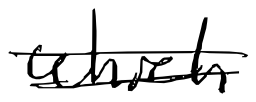
Text: which
Cross-out: double-line
Writing tool: digital_black